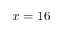
x = 1 6